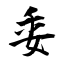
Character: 委